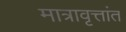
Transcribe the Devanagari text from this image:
मात्रावृत्तांत